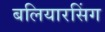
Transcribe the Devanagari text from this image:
बलियारसिंग